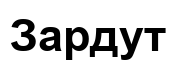
Зардут